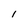
Character: I